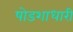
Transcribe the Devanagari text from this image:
षोडशाधारी